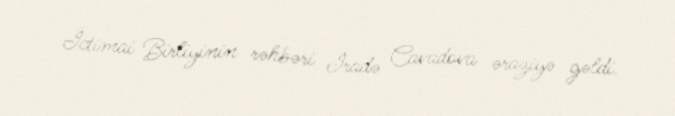
İctimai Birliyinin rəhbəri İradə Cavadova əraziyə gəldi.